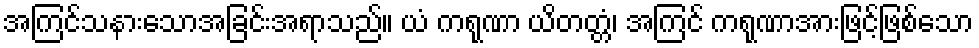
အကြင်သနားသောအခြင်းအရာသည်။ ယံ ကရုဏာ ယိတတ္တံ၊ အကြင် ကရုဏာအားဖြင့်ဖြစ်သော